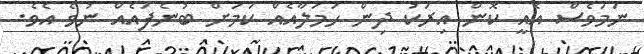
ނަމަވެސް އެއީ ކޮން އިރަކު ދިން ހަމަލާއެއް ކަމަށް ބުނެފައެއް ނުވެ އެވެ.